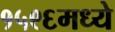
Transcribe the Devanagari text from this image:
१५९६मध्ये